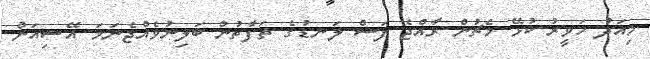
މިއަދު ހަވީރު ކުޅޭ މެޗުން ރާއްޖެ ފަސް ލަނޑުގެ ތަފާތުން ބަލިނުވެއްޖެނަމަ އޭޝިއަން